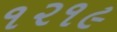
૧૨૧૯